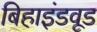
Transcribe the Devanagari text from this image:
बिहाइंडवूड